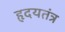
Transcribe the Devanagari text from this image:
हृदयतंत्र